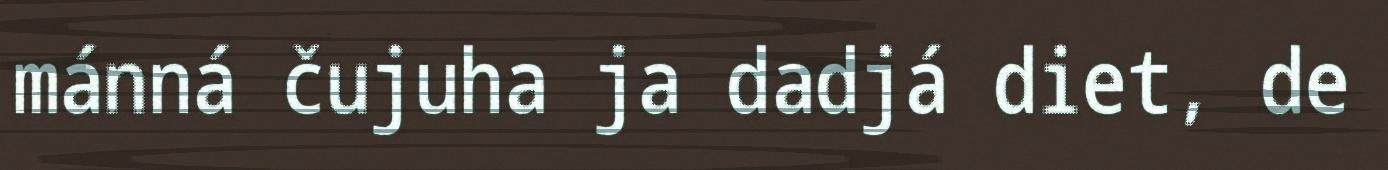
mánná čujuha ja dadjá diet, de